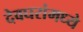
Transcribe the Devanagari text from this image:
देवघरांमध्ये